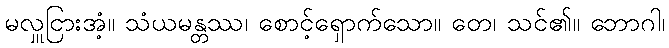
မလှူငြားအံ့။ သံယမန္တဿ၊ စောင့်ရှောက်သော။ တေ၊ သင်၏။ ဘောဂါ၊